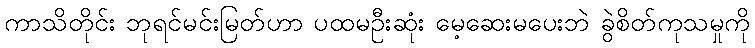
ကာသိတိုင်း ဘုရင်မင်းမြတ်ဟာ ပထမဦးဆုံး မေ့ဆေးမပေးဘဲ ခွဲစိတ်ကုသမှုကို